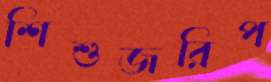
শিশুজরিপ